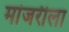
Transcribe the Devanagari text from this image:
मांजरीला